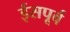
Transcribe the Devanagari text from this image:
ईसपूर्व